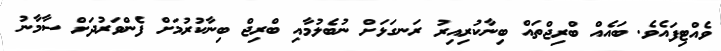
ވެއްޓިފައެވެ. ބައެއް ބްރިޖްތައް ބިނާކުރިއިރު ރަނގަޅަށް ނުބެލުމާއި ބްރިޖް ބިނާކުރުމަށް ފެންވަރުދަށް ސާމާނު